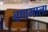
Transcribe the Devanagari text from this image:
वणमाला